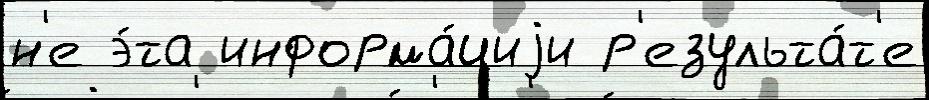
н'е э́та информа́циjи р'езульта́т'е